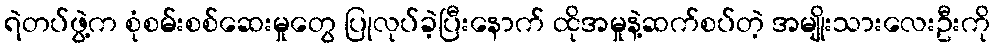
ရဲတပ်ဖွဲ့က စုံစမ်းစစ်ဆေးမှုတွေ ပြုလုပ်ခဲ့ပြီးနောက် ထိုအမှုနဲ့ဆက်စပ်တဲ့ အမျိုးသားလေးဦးကို